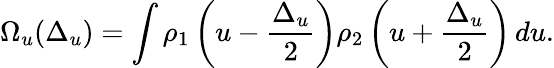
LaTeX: \Omega_{u}(\Delta_{u})=\int\rho_{1}\left(u-\frac{\Delta_{u}}{2}\right)\rho_{2}\left(u+\frac{\Delta_{u}}{2}\right)\, du.